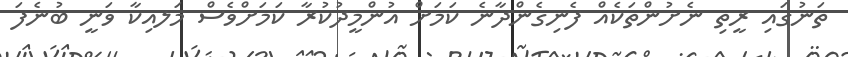
ތަނުގައި ރީތި ނެށުންތަކެއް ފެނިގެންދާނެ ކަމަށް އުންމީދުކުރާ ކަމަށްވެސް މަލއިކާ ވަނީ ބުނެފަ